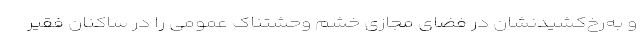
و به‌رخ‌کشیدنشان در فضای مجازی خشم وحشتناک عمومی را در ساکنان فقیر